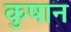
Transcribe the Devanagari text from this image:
कुषान